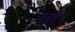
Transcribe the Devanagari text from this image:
उतरैं